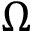
\boldsymbol { \Omega }